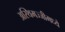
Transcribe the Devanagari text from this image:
अस्थिमज्जीमध्ये